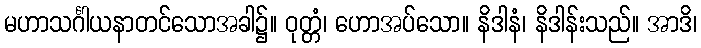
မဟာသင်္ဂါယနာတင်သောအခါ၌။ ဝုတ္တံ၊ ဟောအပ်သော။ နိဒါနံ၊ နိဒါန်းသည်။ အာဒိ၊